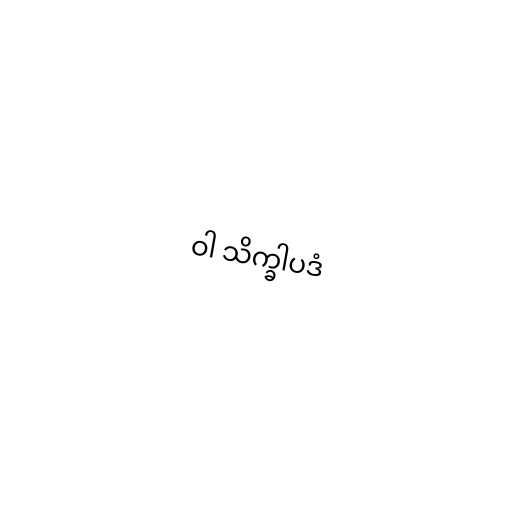
ဝါ သိက္ခါပဒံ